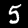
Label: 5